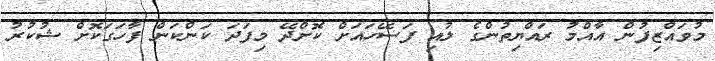
މުވައްޒިފުން އާއްމު ރައްޔިތުންގެ ލުއި ފަސޭހައަށް ކޮށްދޭ މިފަދަ ކަންކަން ފާހަގަކޮށް ޝުކުރު